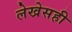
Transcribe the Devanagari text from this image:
लेखेसही